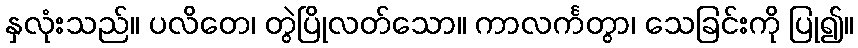
နှလုံးသည်။ ပလိတေ၊ တွဲပြိုလတ်သော။ ကာလင်္ကတွာ၊ သေခြင်းကို ပြု၍။